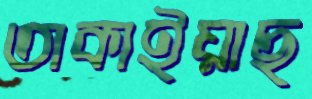
তাকাইয়াছ